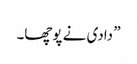
” دادی نے پوچھا۔